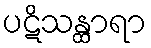
ပဋိသန္ထာရာ